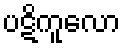
ပဋိကူလော